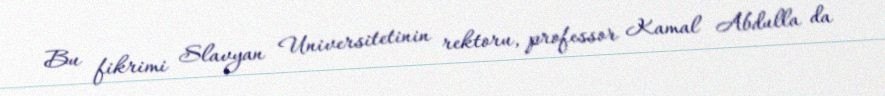
Bu fikrimi Slavyan Universitetinin rektoru, professor Kamal Abdulla da